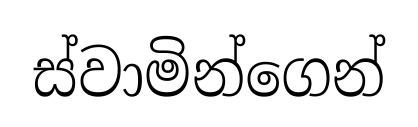
ස්වාමින්ගෙන්